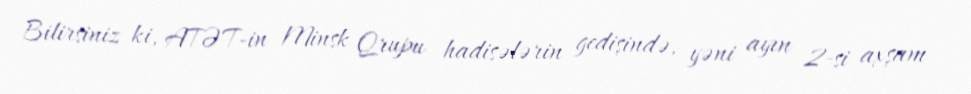
Bilirsiniz ki, ATƏT-in Minsk Qrupu hadisələrin gedişində, yəni ayın 2-si axşam